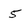
Character: 5